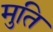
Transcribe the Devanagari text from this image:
मुति